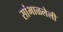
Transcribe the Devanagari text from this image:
सांभाळलेली